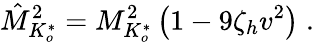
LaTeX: \hat{M}_{K_{o}^{*}}^{2}=M_{K_{o}^{*}}^{2}\left(1-9\zeta_{h}v^{2}\right)\; .